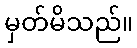
မှတ်မိသည်။